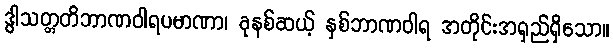
ဒွါသတ္တတိဘာဏဝါရပမာဏာ၊ ခုနစ်ဆယ့် နှစ်ဘာဏဝါရ အတိုင်းအရှည်ရှိသော။